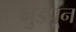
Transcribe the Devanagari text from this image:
मुडपून